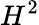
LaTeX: H^{2}